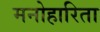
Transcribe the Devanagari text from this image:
मनोहारिता